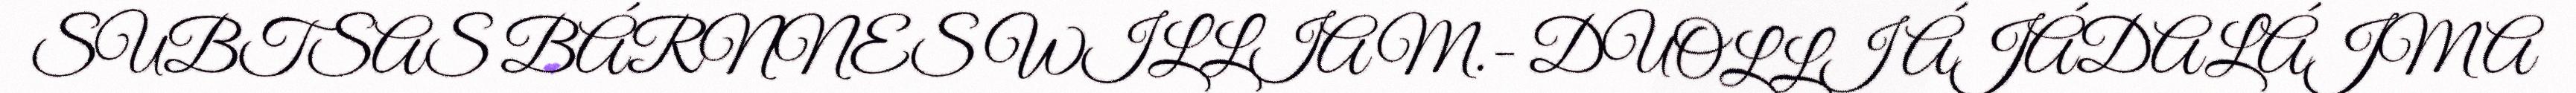
SUBTSAS BÁRNNES WILLIAM.- DUOLLI ÁJÁDALÁJMA